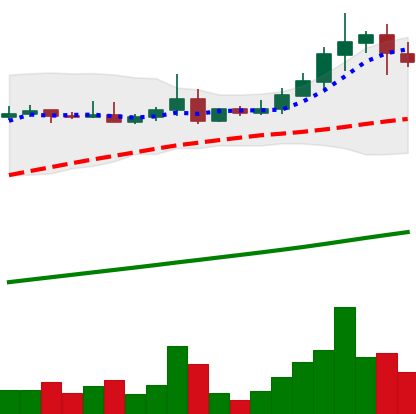
Ticker: ADA-USD
Chart end date: 2021-04-17
Forward return: -17.175%
Label: down_7plus